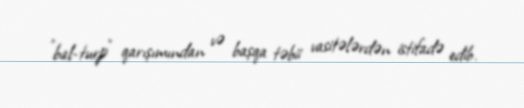
"bal-turp" qarışımından və başqa təbii vasitələrdən istifadə edib.